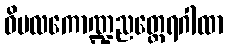
ဝိမလကောဏ္ဍညတ္ထေရဂါထာ